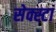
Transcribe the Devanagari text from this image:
सेक्स्टा